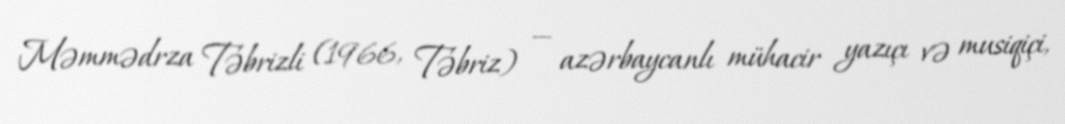
Məmmədrza Təbrizli (1966, Təbriz) — azərbaycanlı mühacir yazıçı və musiqiçi,